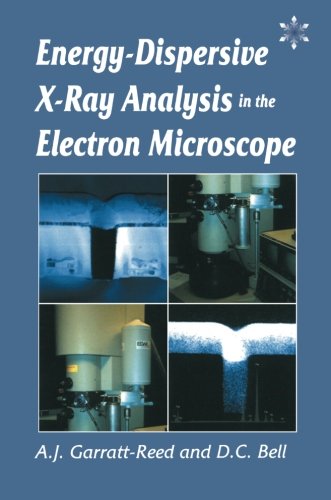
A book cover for Energy Dispersive X-ray Analysis in the Electron Microscope (Microscopy Handbooks); DC Bell; Science & Math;